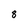
Character: 8